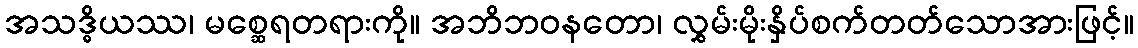
အသဒ္ဓိယဿ၊ မစ္ဆေရတရားကို။ အဘိဘဝနတော၊ လွှမ်းမိုးနှိပ်စက်တတ်သောအားဖြင့်။